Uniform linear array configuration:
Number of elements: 32
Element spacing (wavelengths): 0.5
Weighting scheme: exponential
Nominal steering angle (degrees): -60
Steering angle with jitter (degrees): -61.793
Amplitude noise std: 0.05
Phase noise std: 0.05

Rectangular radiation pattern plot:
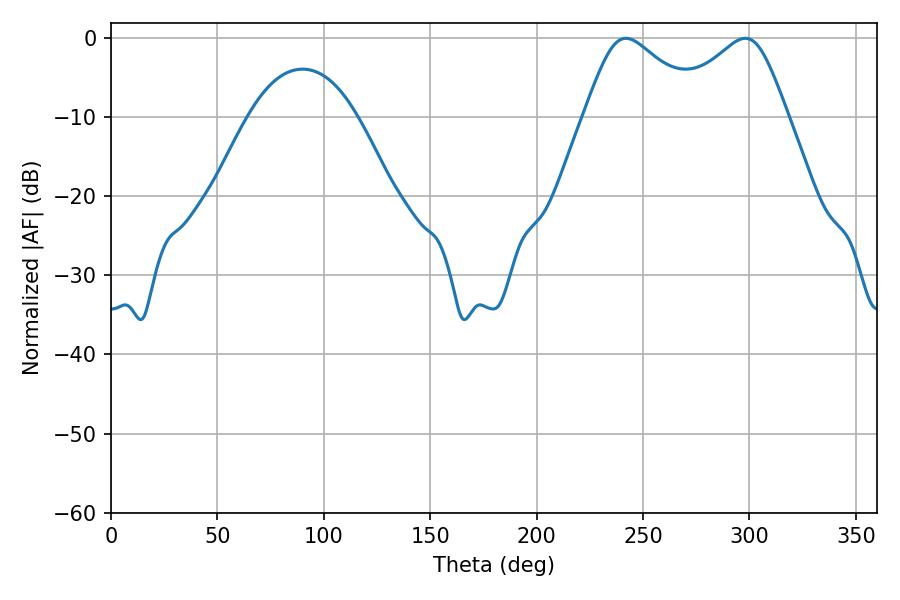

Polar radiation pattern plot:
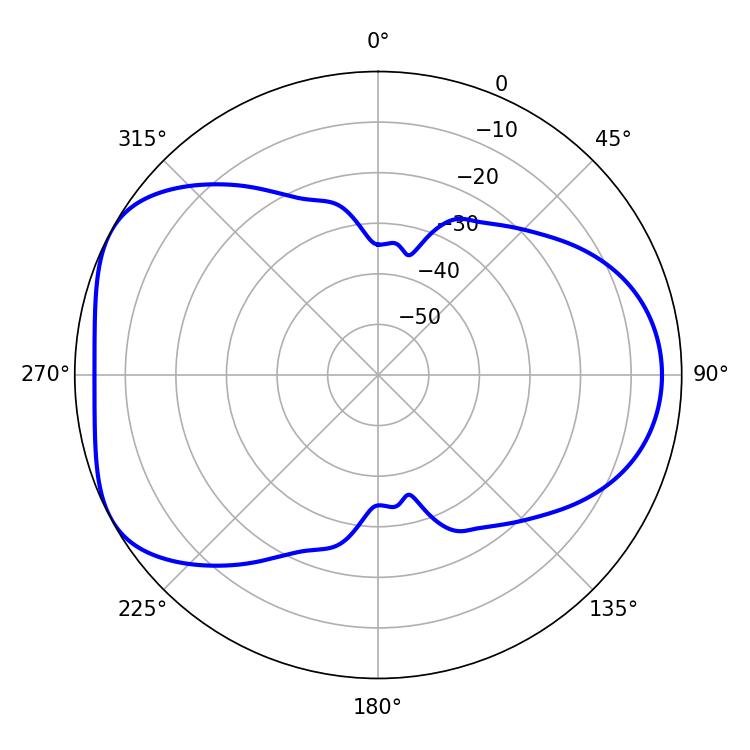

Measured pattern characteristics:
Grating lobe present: FALSE
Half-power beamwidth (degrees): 27.9
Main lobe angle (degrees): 241.92